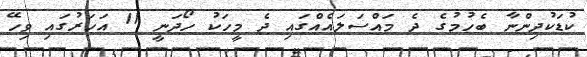
ކުޑަކުދިންނާ ބެހުމުގެ ދެ މައްސަލައެއްގައި ދެ މީހަކު ހޯދަނީ 11 އަހަރުގައި ވިހޭ